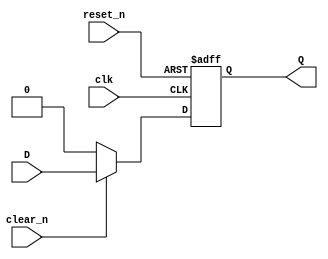
`timescale 1ns / 1ps
module D_FF_reset
(
input D,
input clk,
input reset_n, // asynchronous reset
input clear_n, // synchronous reset
output Q
);

reg Q_reg, Q_next;

always @(negedge clk, negedge reset_n)
begin
	Q_reg <= Q_reg; // this is meaningless but is just put for completion
	if(!reset_n) 	
		Q_reg <= 1'b0;
	else
		Q_reg <= Q_next;
end

always @(D, clear_n)
begin
	Q_next = Q_reg;
	if(!clear_n)
		Q_next = 1'b0;
	else
		Q_next = D;
end

assign Q = Q_reg;

endmodule